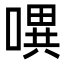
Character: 𭊈